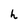
Character: h